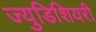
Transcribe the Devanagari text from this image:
ज्युडिशियरी